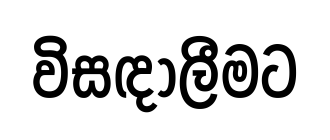
විසඳාලීමට